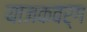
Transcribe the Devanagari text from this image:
याजकवर्ग